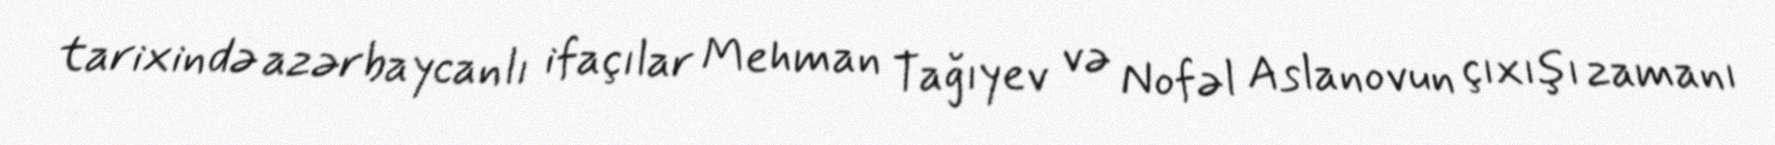
tarixində azərbaycanlı ifaçılar Mehman Tağıyev və Nofəl Aslanovun çıxışı zamanı